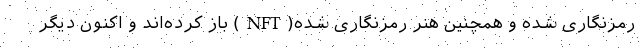
رمزنگاری شده و همچنین هنر رمزنگاری شده(NFT) باز کرده‌اند و اکنون دیگر